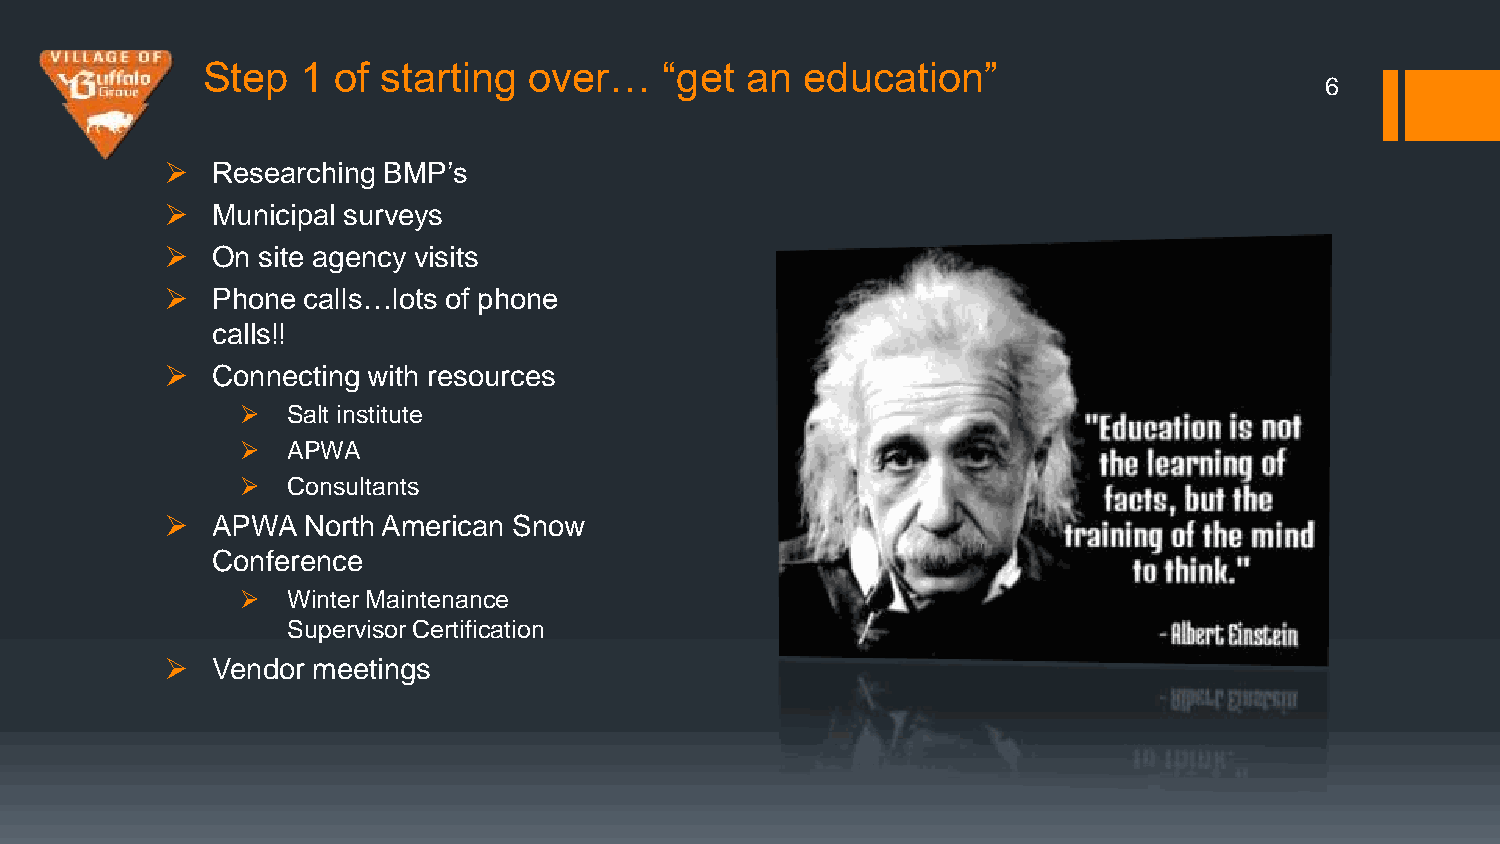
Step   1 of starting  over…    “get an  education”
 6
   Researching BMP’s
   Municipal surveys
   On site agency visits
   Phone calls…lots of phone
 calls!!
   Connecting with resources
   Salt institute
   APWA
   Consultants
   APWA  North American Snow
 Conference
   Winter Maintenance
 Supervisor Certification
   Vendor meetings